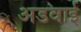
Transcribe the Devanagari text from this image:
अडवाई